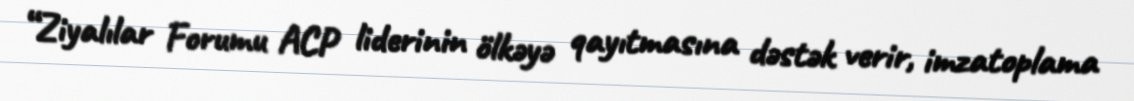
“Ziyalılar Forumu ACP liderinin ölkəyə qayıtmasına dəstək verir, imzatoplama